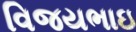
વિજયભાઇ